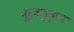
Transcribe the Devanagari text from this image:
पूर्वसुकृत